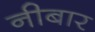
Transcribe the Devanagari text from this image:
नीबार